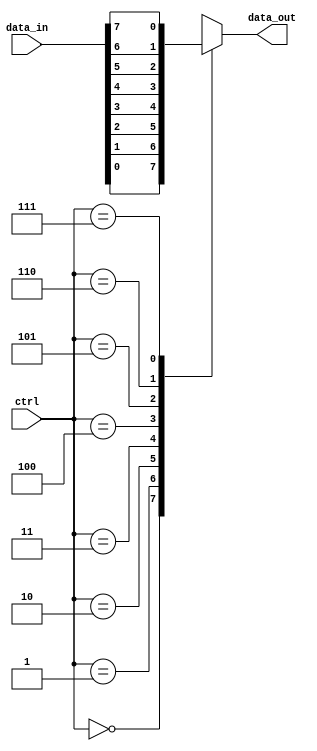
module mux_8to1 (
    input [7:0] data_in,
    input [2:0] ctrl,
    output reg data_out
);

always @ (data_in, ctrl) begin
    case (ctrl)
        3'd0: data_out = data_in[0];
        3'd1: data_out = data_in[1];
        3'd2: data_out = data_in[2];
        3'd3: data_out = data_in[3];
        3'd4: data_out = data_in[4];
        3'd5: data_out = data_in[5];
        3'd6: data_out = data_in[6];
        3'd7: data_out = data_in[7];
        default: data_out = 0;
    endcase
end

endmodule